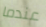
عندما